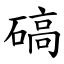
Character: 碻